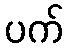
ပက်